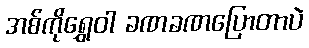
အစ်ကိုရွှေဝါ ခဏခဏပြောတာပဲ